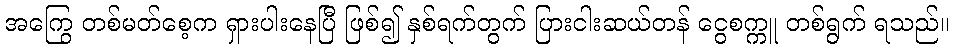
အကြွေ တစ်မတ်စေ့က ရှားပါးနေပြီ ဖြစ်၍ နှစ်ရက်တွက် ပြားငါးဆယ်တန် ငွေစက္ကူ တစ်ရွက် ရသည်။